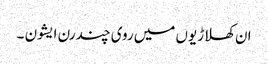
ان کھلاڑیوں میں روی چندرن ایشون ۔